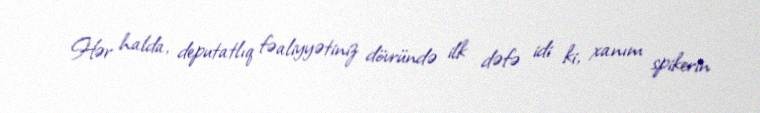
Hər halda, deputatlıq fəaliyyətiniz dövründə ilk dəfə idi ki, xanım spikerin